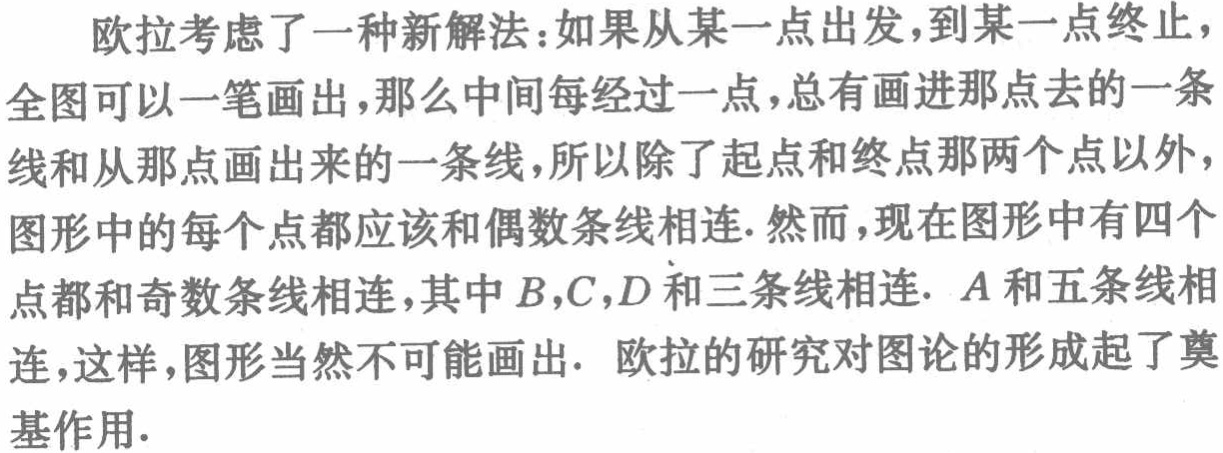
欧拉考虑了一种新解法：如果从某一点出发，到某一点终止，
全图可以一笔画出，那么中间每经过一点，总有画进那点去的一条
线和从那点画出来的一条线，所以除了起点和终点那两个点以外，
图形中的每个点都应该和偶数条线相连. 然而，现在图形中有四个
点都和奇数条线相连，其中 \(B,C,D\) 和三条线相连. \(A\) 和五条线相
连，这样，图形当然不可能画出. 欧拉的研究对图论的形成起了奠
基作用.